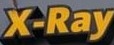
X-Ray